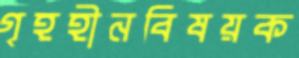
গৃহহীনবিষয়ক